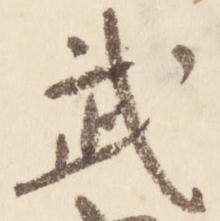
武